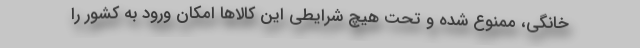
خانگی، ممنوع شده و تحت هیچ شرایطی این کالا‌ها امکان ورود به کشور را